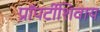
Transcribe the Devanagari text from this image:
प्रॉपर्टीशिवाय